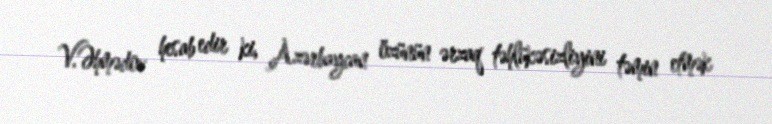
V.Əhmədov hesab edir ki, Azərbaycan özünün ərzaq təhlükəsizliyini təmin etmək